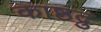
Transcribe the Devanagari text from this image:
काष्ठद्रु